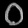
Digit: ၀